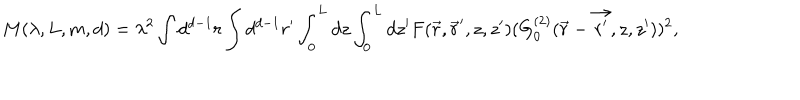
LaTeX: M ( \lambda , L , m , d ) = \lambda ^ { 2 } \int d ^ { d - 1 } r \int d ^ { d - 1 } r ^ { \prime } \int _ { 0 } ^ { L } d z \int _ { 0 } ^ { L } d z ^ { \prime } F ( \vec { r } , \vec { r } ^ { \prime } , z , z ^ { \prime } ) ( G _ { 0 } ^ { ( 2 ) } ( \vec { r } - \vec { { r } ^ { \prime } } , z , z ^ { \prime } ) ) ^ { 2 } ,